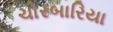
ચોરબારિયા